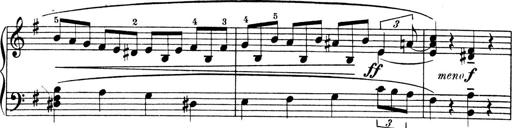
Title: 4 Sonatines
Composer: Max Reger